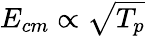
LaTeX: E_{cm}\propto\sqrt{T_{p}}